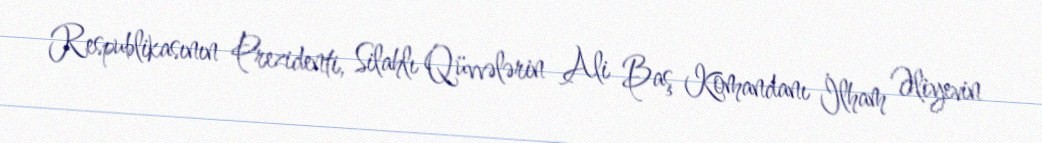
Respublikasının Prezidenti, Silahlı Qüvvələrin Ali Baş Komandanı İlham Əliyevin